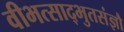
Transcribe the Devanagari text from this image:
वीभत्साद्भुतसंज्ञौ